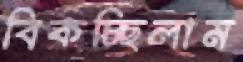
বিকচ্ছিলাম